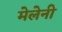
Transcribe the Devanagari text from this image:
मेलेनी